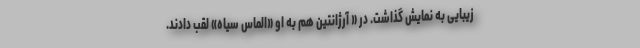
زیبایی به نمایش گذاشت. در « آرژانتین هم به او «الماس سیاه» لقب دادند.